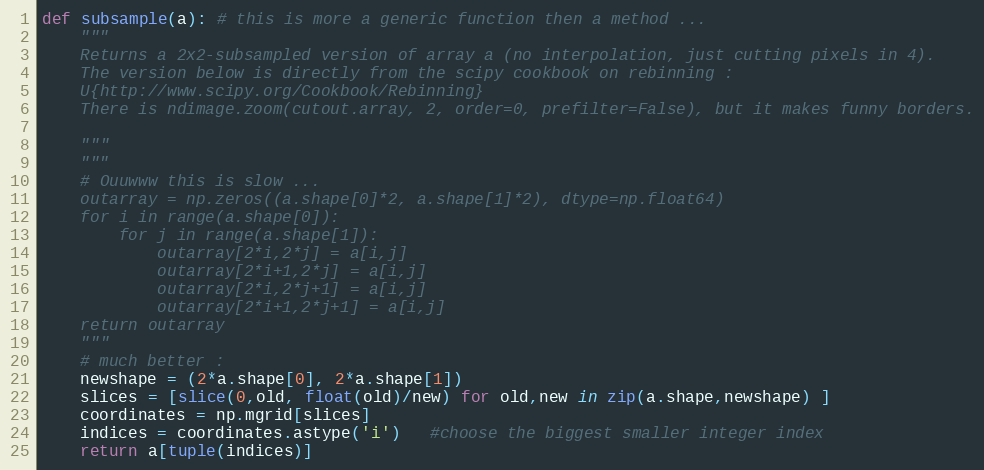
Language: Python
def subsample(a): # this is more a generic function then a method ...
    """
    Returns a 2x2-subsampled version of array a (no interpolation, just cutting pixels in 4).
    The version below is directly from the scipy cookbook on rebinning :
    U{http://www.scipy.org/Cookbook/Rebinning}
    There is ndimage.zoom(cutout.array, 2, order=0, prefilter=False), but it makes funny borders.

    """
    """
    # Ouuwww this is slow ...
    outarray = np.zeros((a.shape[0]*2, a.shape[1]*2), dtype=np.float64)
    for i in range(a.shape[0]):
        for j in range(a.shape[1]):
            outarray[2*i,2*j] = a[i,j]
            outarray[2*i+1,2*j] = a[i,j]
            outarray[2*i,2*j+1] = a[i,j]
            outarray[2*i+1,2*j+1] = a[i,j]
    return outarray
    """
    # much better :
    newshape = (2*a.shape[0], 2*a.shape[1])
    slices = [slice(0,old, float(old)/new) for old,new in zip(a.shape,newshape) ]
    coordinates = np.mgrid[slices]
    indices = coordinates.astype('i')   #choose the biggest smaller integer index
    return a[tuple(indices)]